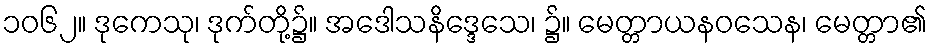
၁၀၆၂။ ဒုကေသု၊ ဒုက်တို့၌။ အဒေါသနိဒ္ဒေသေ၊ ၌။ မေတ္တာယနဝသေန၊ မေတ္တာ၏